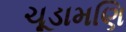
ચૂડામણિ